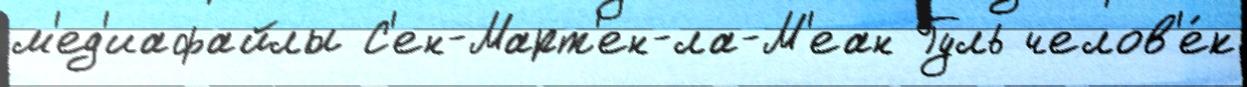
м'ед'иафайлы С'ен-Март'ен-ла-М'еан Гуль челов'е́к